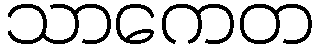
သာကေတ